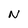
Character: N